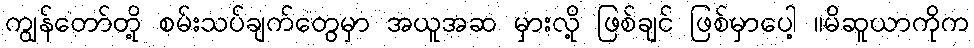
ကျွန်တော်တို့ စမ်းသပ်ချက်တွေမှာ အယူအဆ မှားလို့ ဖြစ်ချင် ဖြစ်မှာပေါ့ ။မိဆူယာကိုက